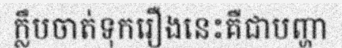
ក្លឹបចាត់ទុករឿងនេះគឺជាបញ្ហា